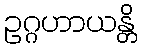
ဥဂ္ဂဟာယန္တိ